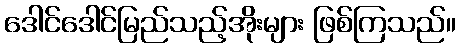
ဒေါင်ဒေါင်မြည်သည့်အိုးများ ဖြစ်ကြသည်။